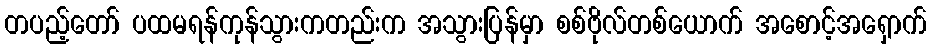
တပည့်တော် ပထမရန်ကုန်သွားကတည်းက အသွားပြန်မှာ စစ်ဗိုလ်တစ်ယောက် အစောင့်အရှောက်